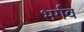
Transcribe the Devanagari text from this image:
भर्गव